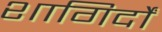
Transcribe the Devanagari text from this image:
शागिर्दों